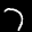
Label: 7